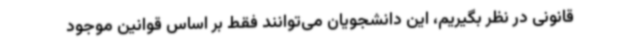
قانونی در نظر بگیریم، این دانشجویان می‌توانند فقط بر اساس قوانین موجود